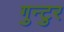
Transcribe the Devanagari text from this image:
गुन्टुर